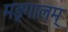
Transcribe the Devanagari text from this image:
मङ्गालम्